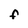
Character: F